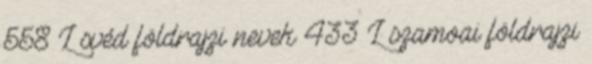
558 L svéd földrajzi nevek‎ 433 L szamoai földrajzi